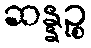
ဆန္နဉ္စ